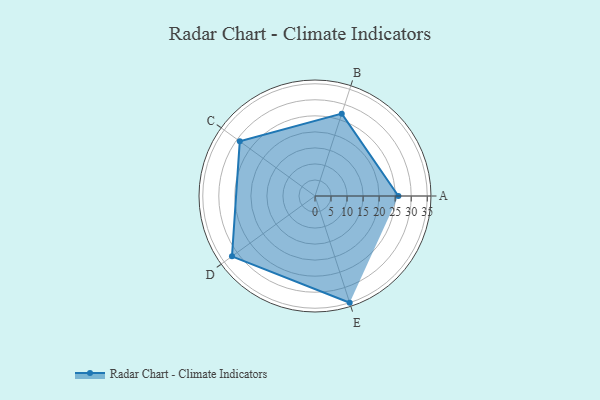
{"axis": {"x": "Skill", "y": "Score"}, "legend": ["Profile"], "data": [{"x": "A", "y": 26.0, "type": "Profile"}, {"x": "B", "y": 27.0, "type": "Profile"}, {"x": "C", "y": 29.0, "type": "Profile"}, {"x": "D", "y": 32.0, "type": "Profile"}, {"x": "E", "y": 35.0, "type": "Profile"}]}